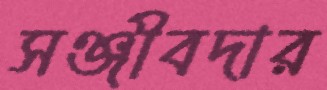
সঞ্জীবদার